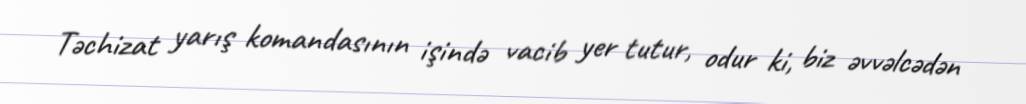
Təchizat yarış komandasının işində vacib yer tutur, odur ki, biz əvvəlcədən